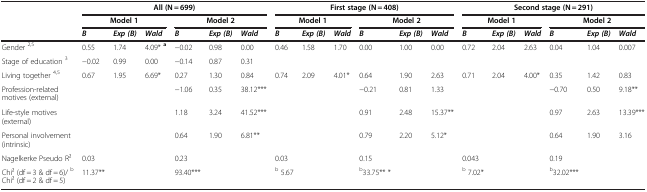
<table><thead><tr><td><b> </b></td><td colspan="6"><b>All(N = 699)</b></td><td colspan="6"><b>First stage (N = 408)</b></td><td colspan="6"><b>Second stage (N = 291)</b></td></tr><tr><td><b> </b></td><td colspan="3"><b>Model 1</b></td><td colspan="3"><b>Model 2</b></td><td colspan="3"><b>Model 1</b></td><td colspan="3"><b>Model 2</b></td><td colspan="3"><b>Model 1</b></td><td colspan="3"><b>Model 2</b></td></tr><tr><td><b> </b></td><td><b><i>B</i></b></td><td><b><i>Exp (B)</i></b></td><td><b><i>Wald</i></b></td><td><b><i>B</i></b></td><td><b><i>Exp (B)</i></b></td><td><b><i>Wald</i></b></td><td><b><i>B</i></b></td><td><b><i>Exp (B)</i></b></td><td><b><i>Wald</i></b></td><td><b><i>B</i></b></td><td><b><i>Exp (B)</i></b></td><td><b><i>Wald</i></b></td><td><b><i>B</i></b></td><td><b><i>Exp (B)</i></b></td><td><b><i>Wald</i></b></td><td><b><i>B</i></b></td><td><b><i>Exp (B)</i></b></td><td><b><i>Wald</i></b></td></tr></thead><tbody><tr><td>Gender <sup>2,5</sup></td><td>0.55</td><td>1.74</td><td>4.09* <sup><b>a</b></sup></td><td>−0.02</td><td>0.98</td><td>0.00</td><td>0.46</td><td>1.58</td><td>1.70</td><td>0.00</td><td>1.00</td><td>0.00</td><td>0.72</td><td>2.04</td><td>2.63</td><td>0.04</td><td>1.04</td><td>0.007</td></tr><tr><td>Stage of education <sup>3</sup></td><td>−0.02</td><td>0.99</td><td>0.00</td><td>−0.14</td><td>0.87</td><td>0.31</td><td> </td><td> </td><td> </td><td> </td><td> </td><td> </td><td> </td><td> </td><td> </td><td> </td><td> </td><td> </td></tr><tr><td>Living together <sup>4,5</sup></td><td>0.67</td><td>1.95</td><td>6.69*</td><td>0.27</td><td>1.30</td><td>0.84</td><td>0.74</td><td>2.09</td><td>4.01*</td><td>0.64</td><td>1.90</td><td>2.63</td><td>0.71</td><td>2.04</td><td>4.00*</td><td>0.35</td><td>1.42</td><td>0.83</td></tr><tr><td>Profession-related motives (external)</td><td> </td><td> </td><td> </td><td>−1.06</td><td>0.35</td><td>38.12***</td><td> </td><td> </td><td> </td><td>−0.21</td><td>0.81</td><td>1.33</td><td> </td><td> </td><td> </td><td>−0.70</td><td>0.50</td><td>9.18**</td></tr><tr><td>Life-style motives (external)</td><td> </td><td> </td><td> </td><td>1.18</td><td>3.24</td><td>41.52***</td><td> </td><td> </td><td> </td><td>0.91</td><td>2.48</td><td>15.37**</td><td> </td><td> </td><td> </td><td>0.97</td><td>2.63</td><td>13.39***</td></tr><tr><td>Personal involvement (intrinsic)</td><td> </td><td> </td><td> </td><td>0.64</td><td>1.90</td><td>6.81**</td><td> </td><td> </td><td> </td><td>0.79</td><td>2.20</td><td>5.12*</td><td> </td><td> </td><td> </td><td>0.64</td><td>1.90</td><td>3.16</td></tr><tr><td>Nagelkerke Pseudo R2</td><td>0.03</td><td> </td><td> </td><td>0.23</td><td> </td><td> </td><td>0.03</td><td> </td><td> </td><td>0.15</td><td> </td><td> </td><td>0.043</td><td> </td><td> </td><td>0.19</td><td> </td><td> </td></tr><tr><td>Chi2 (df = 3 &amp; df = 6)/ <sup>b</sup> Chi2 (df = 2 &amp; df = 5)</td><td>11.37**</td><td> </td><td> </td><td>93.40***</td><td> </td><td> </td><td><sup>b </sup>5.67</td><td> </td><td> </td><td><sup>b</sup>33.75** *</td><td> </td><td> </td><td><sup>b </sup>7.02*</td><td> </td><td> </td><td><sup>b</sup>32.02***</td><td> </td><td> </td></tr></tbody></table>